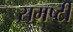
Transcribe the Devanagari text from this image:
समष्टी